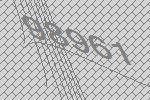
98961